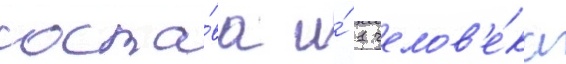
соста́ва и́ 1 челов'е́ка